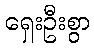
ရှေးဦးစွာ